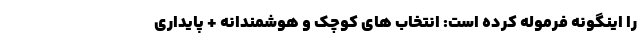
را اینگونه فرموله کرده است: انتخاب های کوچک و هوشمندانه + پایداری